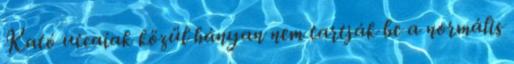
Kató utcaiak közül hányan nem tartják be a normális